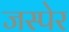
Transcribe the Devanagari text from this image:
जस्पेर